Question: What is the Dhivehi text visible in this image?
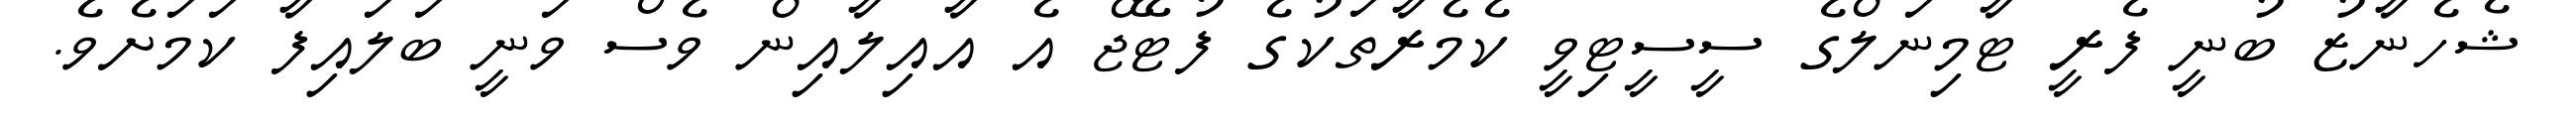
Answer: ޝެހެނާޒު ބުނީ ފެރީ ޓާމިނަލްގެ ސީސީޓިވީ ކެމެރާތަކުގެ ފުޓޭޖް އެ އާއިލާއިން ވެސް ވަނީ ބަލައިފާ ކަމަށެވެ.